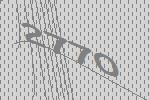
2770